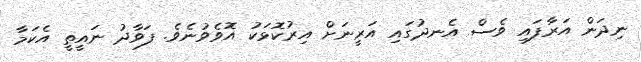
ނިދަން އަރާފައި ވެސް އެނދުގައި އަރީނަށް އިރުކޮޅަކު އޮވެވުނެވެ. ފަވާދު ނައީތީ އެކަމާ